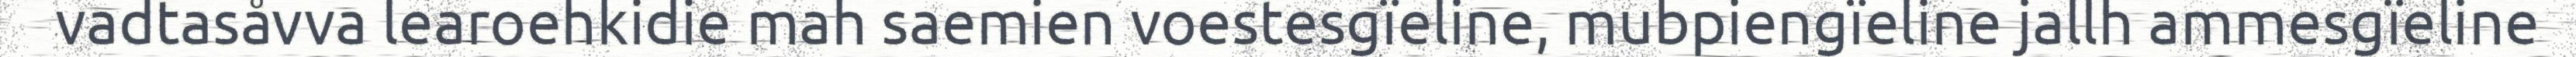
vadtasåvva learoehkidie mah saemien voestesgïeline, mubpiengïeline jallh ammesgïeline